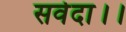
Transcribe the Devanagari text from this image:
सर्वदा।।